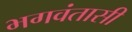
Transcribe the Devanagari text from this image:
भगवंतासी